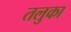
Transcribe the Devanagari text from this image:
तलुका